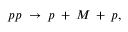
p p \; \rightarrow \; p \: + \: M \: + \: p ,